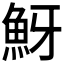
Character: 𩶀